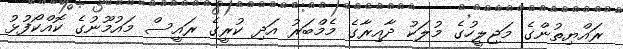
ރައްޔިތުންގެ މަޖިލީހުގެ މުލަކު ދާއިރާގެ މެމްބަރު އަދި ކުރީގެ ރައީސް މައުމޫނުގެ ކޮއްކޯފުޅު